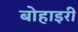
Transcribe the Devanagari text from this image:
बोहाइरी